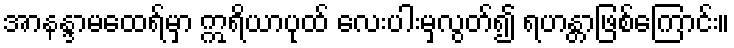
အာနန္ဒာမထေရ်မှာ ဣရိယာပုထ် လေးပါးမှလွတ်၍ ရဟန္တာဖြစ်ကြောင်း။